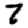
Digit: 7